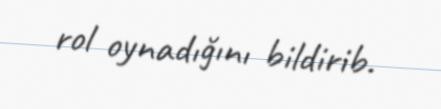
rol oynadığını bildirib.